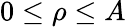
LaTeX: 0\leq\rho\leq A